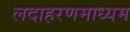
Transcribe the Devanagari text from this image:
लदाहरणमाध्यम